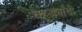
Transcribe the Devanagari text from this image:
बहूजनांची